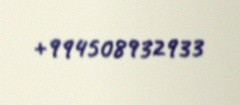
+994508932933